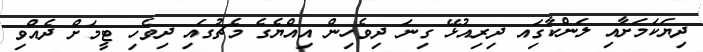
ދިޔަކަމަށާއި ލަންކާގަިއ ދިރިއުޅޭ ގިނަ ދިވެހިން އިއްޔެގެ މެޗުގައި ދިވެހި ޓީމަށް ދެއްވި